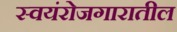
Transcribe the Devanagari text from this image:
स्वयंरोजगारातील